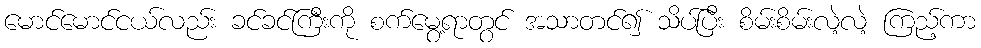
မောင်မောင်ငယ်လည်း ခင်ခင်ကြီးကို စက်မွေ့ရာတွင် အသာတင်၍ သိပ်ပြီး စိမ်းစိမ်းလဲ့လဲ့ ကြည့်ကာ